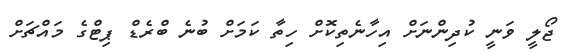
ޖޯލީ ވަނީ ކުދިންނަށް އިހާނެތިކޮށް ހިތާ ކަމަށް ބުނެ ބްރެޑް ޕިޓްގެ މައްޗަށް